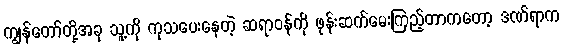
ကျွန်တော်တို့အခု သူ့ကို ကုသပေးနေတဲ့ ဆရာဝန်ကို ဖုန်းဆက်မေးကြည့်တာကတော့ ဒဏ်ရာက